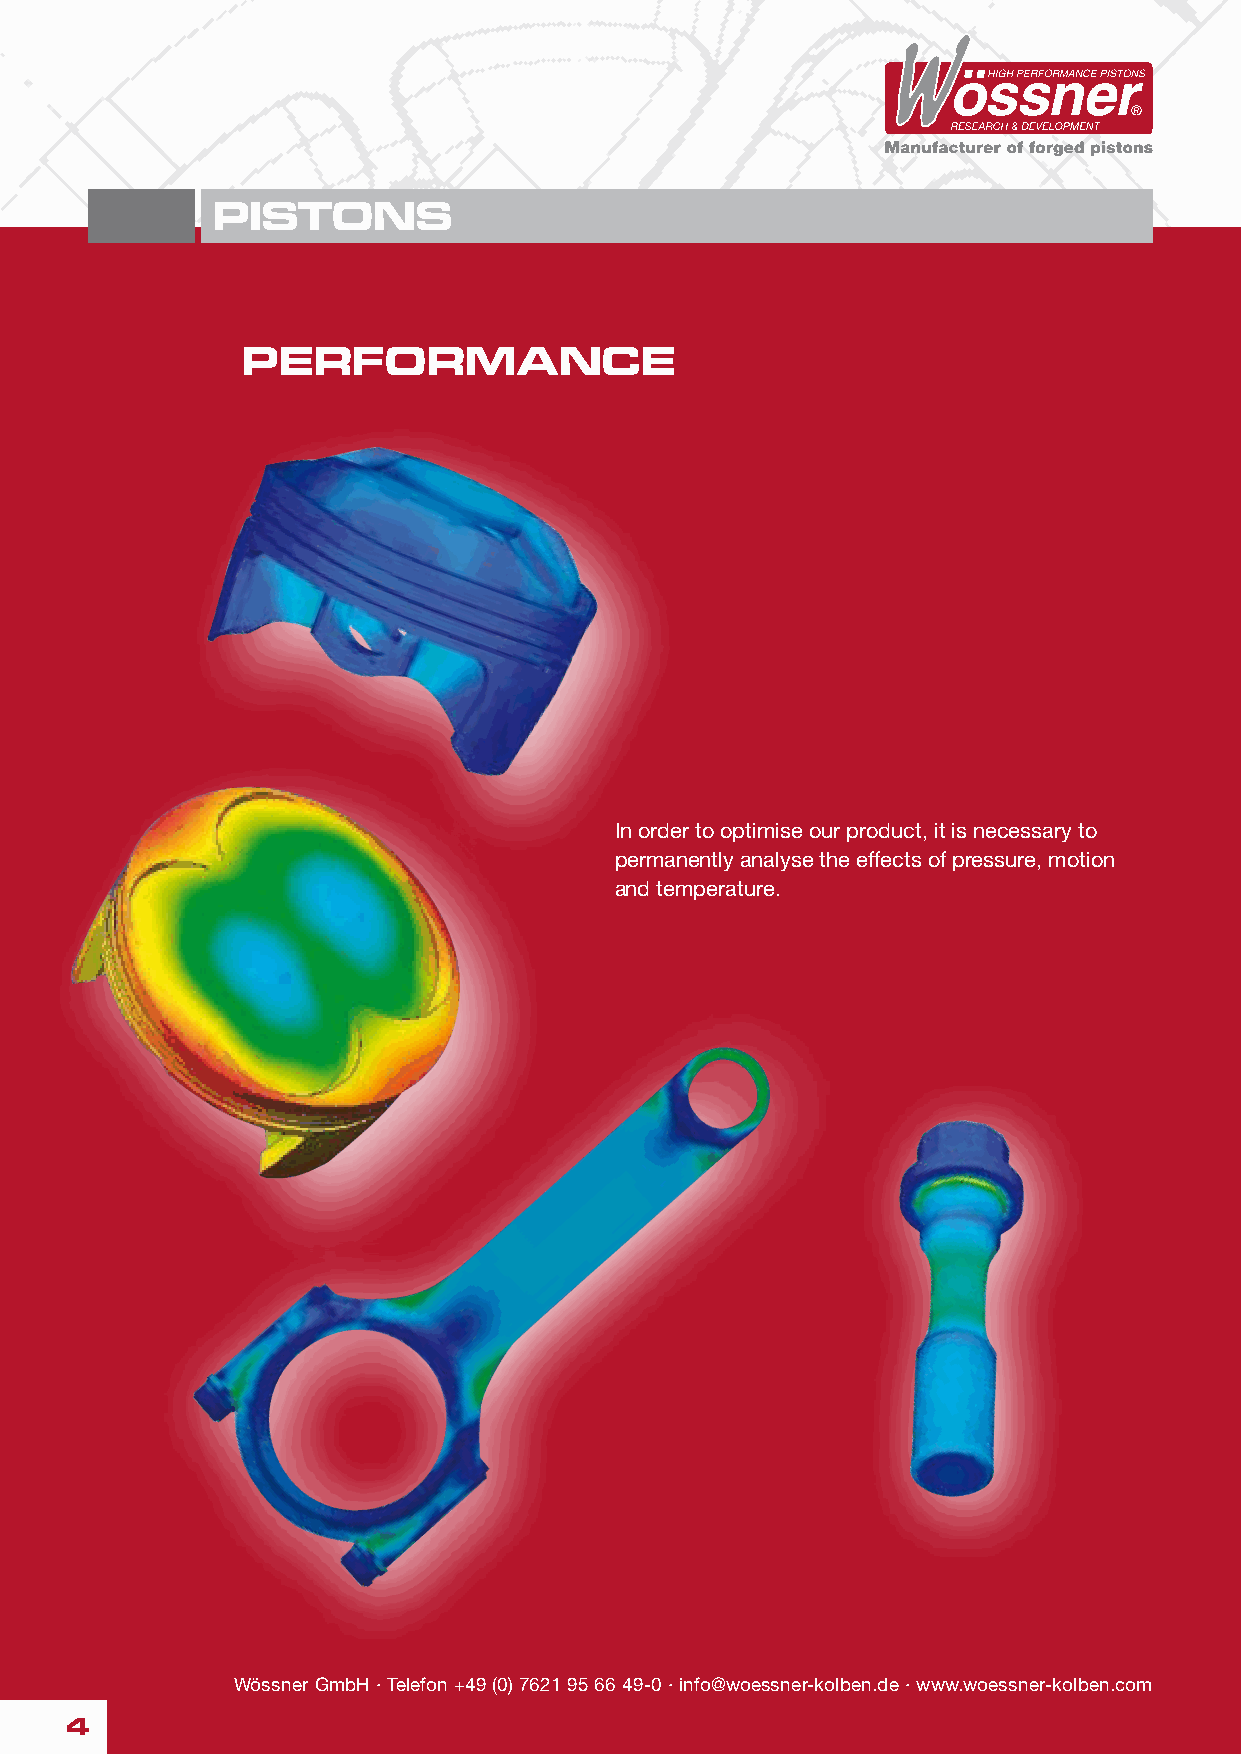
PISTONS
 PERFORMANCE
 In order to optimise our product, it is necessary to
 permanently analyse the effects of pressure, motion
 and temperature.
 Wössner GmbH · Telefon +49 (0) 7621 95 66 49-0 · info@woessner-kolben.de · www.woessner-kolben.com
 4